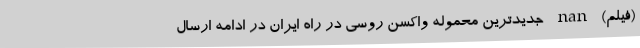
(فیلم) nan جدیدترین محموله واکسن روسی در راه ایران در ادامه ارسال